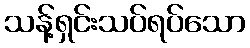
သန့်ရှင်းသပ်ရပ်သော